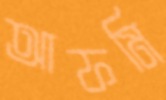
আফমি